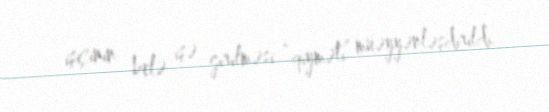
işçinin belə işə girilməsi “qiyməti” müəyyənləşdirildi.